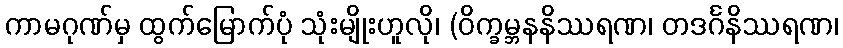
ကာမဂုဏ်မှ ထွက်မြောက်ပုံ သုံးမျိုးဟူလို၊ (ဝိက္ခမ္ဘနနိဿရဏ၊ တဒင်္ဂနိဿရဏ၊